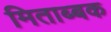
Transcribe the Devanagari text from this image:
मिताब्बक